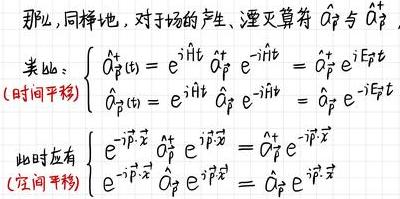
那么，同样地，对于场的产生、湮灭算符 $\hat{a}_{\vec{p}}$ 与 $\hat{a}_{\vec{p}}^{\dagger}$
$$
\text{(时间平移)}\left\{
\begin{array}{l}
\hat{a}_{\vec{p}}^{\dagger}(t)=e^{\mathrm{i}\hat{H}t}\hat{a}_{\vec{p}}^{\dagger}e^{-\mathrm{i}\hat{H}t}=\hat{a}_{\vec{p}}^{\dagger}e^{\mathrm{i}E_{\vec{p}}t}\\
\hat{a}_{\vec{p}}(t)=e^{\mathrm{i}\hat{H}t}\hat{a}_{\vec{p}}e^{-\mathrm{i}\hat{H}t}=\hat{a}_{\vec{p}}e^{-\mathrm{i}E_{\vec{p}}t}
\end{array}
\right.
$$
$$
\text{(空间平移)}\left\{
\begin{array}{l}
e^{-\mathrm{i}\vec{p}\cdot\vec{\hat{x}}}\hat{a}_{\vec{p}}^{\dagger}e^{\mathrm{i}\vec{p}\cdot\vec{\hat{x}}}=\hat{a}_{\vec{p}}^{\dagger}e^{-\mathrm{i}\vec{p}\cdot\vec{x}}\\
e^{-\mathrm{i}\vec{p}\cdot\vec{\hat{x}}}\hat{a}_{\vec{p}}e^{\mathrm{i}\vec{p}\cdot\vec{\hat{x}}}=\hat{a}_{\vec{p}}e^{\mathrm{i}\vec{p}\cdot\vec{x}}
\end{array}
\right.
$$